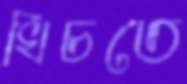
খিচতে